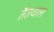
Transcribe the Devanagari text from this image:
तैतवाल